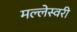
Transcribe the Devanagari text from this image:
मल्लेस्वरी